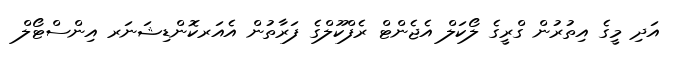
އަދި މީގެ އިތުރުން ގްރީގެ ލޯކަލް އެޖެންޓް ރެފްކޫލްގެ ފަރާތުން އެއަރކޮންޑިޝަނަރ އިންސްޓޯލް